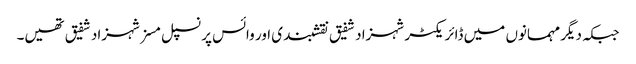
جبکہ دیگر مہمانوں میں ڈائریکٹر شہزاد شفیق نقشبندی اور وائس پرنسپل مسز شہزاد شفیق تھیں۔